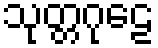
သုတ္တဂုဠေ